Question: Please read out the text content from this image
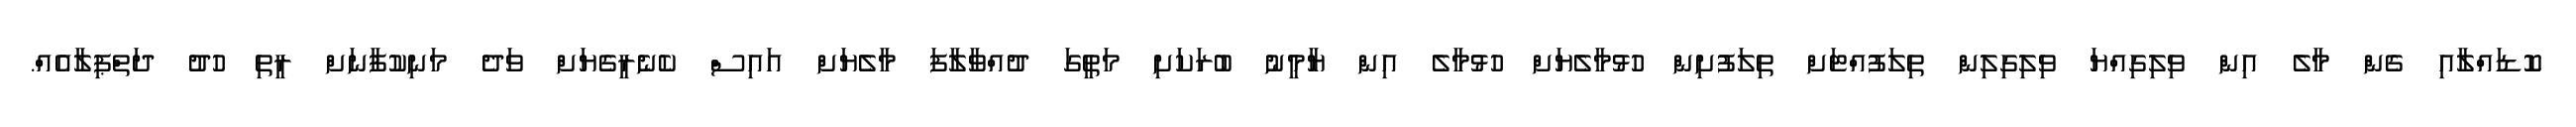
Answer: ކޮޑައްލާއި ގެން މާލެ އިން ވިލިގިއްޔަ ވިލިގިލިން ތިލަފުއްޓަށް ތިލަފުށިން ހުޅުމާލެޔަށް ހުޅުމާލެ އިން ޔާމީނު ބުރަކަށި މަތީގަ ދުއްވާލާފަ މާލެޔަށް އައިސް ކެނެރީގެޔަށް ވަދެ މަނިކުފާނަށް ރީތި ހުދު ދަތްޕިލާއެއް.